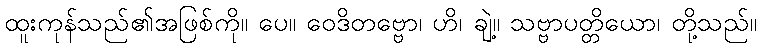
ထူးကုန်သည်၏အဖြစ်ကို။ ပေ။ ဝေဒိတဗ္ဗော၊ ဟိ၊ ချဲ့။ သဗ္ဗာပတ္တိယော၊ တို့သည်။